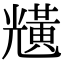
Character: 黋